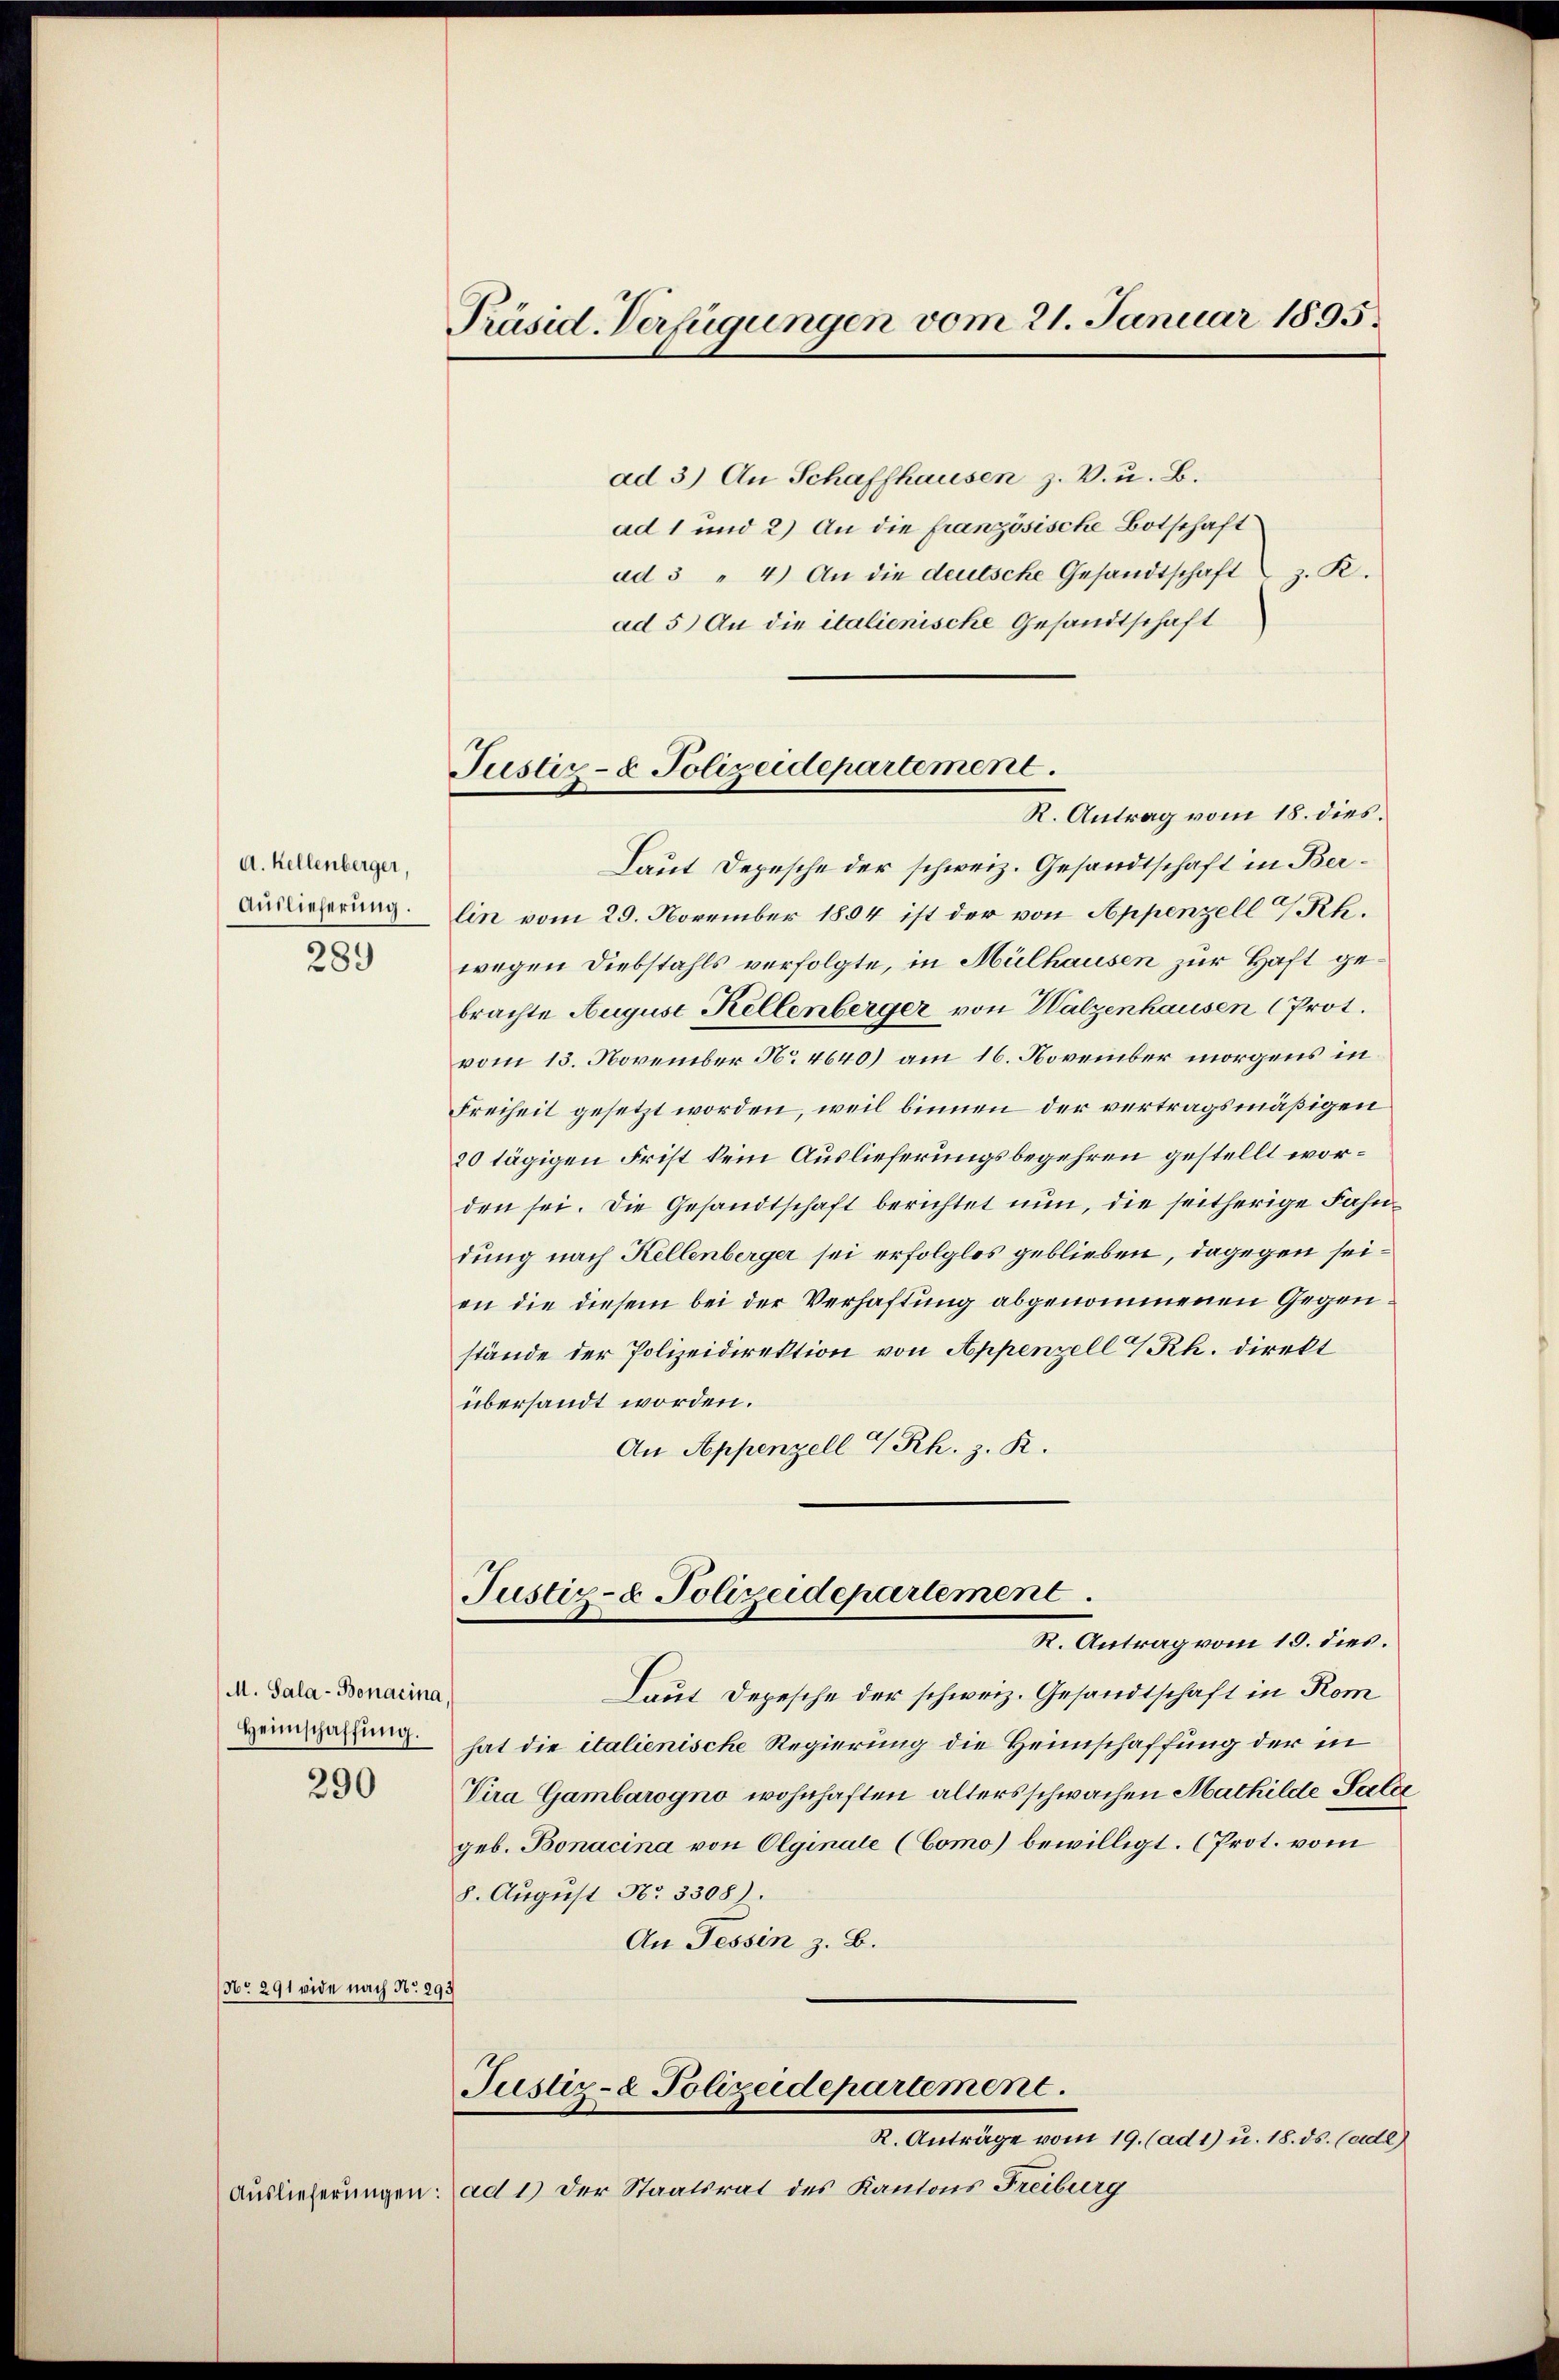
d. Kellenberger,

ad 3) An Schaffhausen z. V. u. B.
ad 1 und 2) An die französische Botschaft
ad 3 " 4) An die deutsche Gesandtschaft z. R.
ad 5) An die italienische Gesandtschaft
R. Antrag vom 18. dies
Laut Depesche der schweiz. Gesandtschaft in Ber¬
Auslieferung. Ein vom 29. November 1804 ist der von Appenzell Rh.
3 wegen Diebstahls verfolgte, in Mülhausen zur Haft gebrachte August Kellenberger von Walzenhausen (Prot.
vom 13. November No. 4640) am 16. November morgens in
Freiheit gesetzt worden, weil binnen der vertragsmäßigen
20 tägigen Frist kein Auslieferungsbegehren gestellt worden sei. Die Gesandtschaft berichtet nun, die seitherige Fahndung nach Kellenberger sei erfolglos geblieben, dagegen seien die diesem bei der Verhaftung abgenommenen Gegenstände der Polizeidirektion von Appenzell Rh. direkt
übersandt worden.
An Appenzell I.Rh. z. R.
Justiz- & Polizeidepartement.
R. Antrag vom 19. dies.
M. Sala-Bonacina,
Laut Depesche der schweiz. Gesandtschaft in Rom
Heimatung hat die italienische Regierung die Heimschaffung der in
Vira Gambarogno wohnhaften altersschwachen Machilde Salze
geb. Bonacina von Olginale (Como) bewilligt. (Prot. vom
8. August No 3308).
An Tessin z. B.
No 291 vide nach No 293
Justiz- & Polizeidepartement.
R. Anträge vom 19. (ad 1) u. 18. ds. (ade)
Auslieferungen: ad 1) der Staatsrat des Kantons Freiburg

Präsid. Verfügungen vom 21. Januar 1895.

Justiz- & Polizeidepartement.